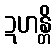
ဍဟန္တိ